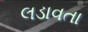
લડાવતા